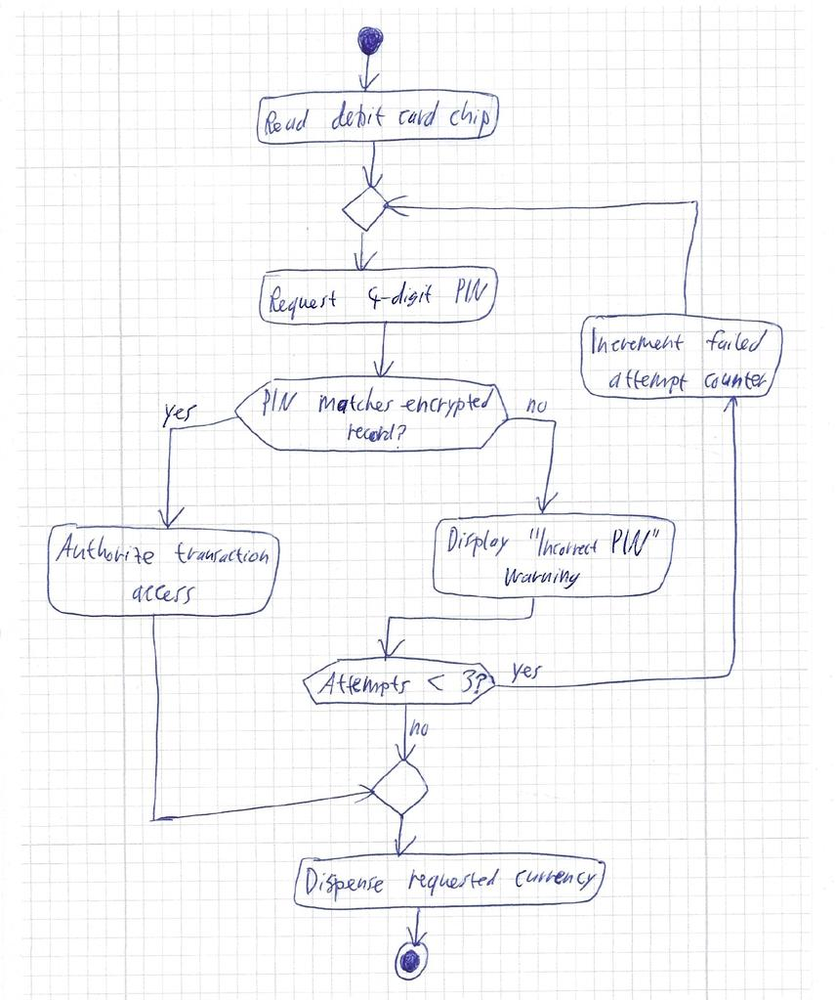
Diagram type: activity_diagram
```plantuml
@startuml

start

:Read debit card chip;

repeat
  :Request 4-digit PIN;

  if (PIN matches encrypted record?) then (yes)
    :Authorize transaction access;
    break
  else (no)
    :Display "Incorrect PIN" warning;
  endif
backward:Increment failed attempt counter;
repeat while (Attempts < 3?) is (yes) not (no)

:Dispense requested currency;

stop

@enduml
```